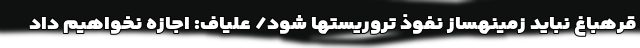
قرهباغ نباید زمینهساز نفوذ تروریستها شود/ علیاف: اجازه نخواهیم داد